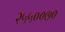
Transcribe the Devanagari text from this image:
२५५००७०